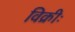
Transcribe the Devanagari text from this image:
विक्रीः